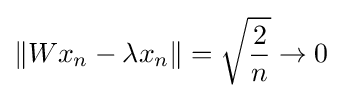
\|Wx_{n}-\lambda x_{n}\|={\sqrt {\frac {2}{n}}}\to 0